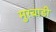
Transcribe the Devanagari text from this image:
मुरबाडी